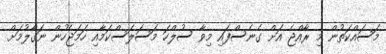
މަސައްކަތުން މި ރާއްޖެ އަށް ގެނެސްފައި މިވާ ސުލްހަ މަސަލަސްކަމާއި ހަމަޖެހުން ނަގާލުމަށް